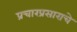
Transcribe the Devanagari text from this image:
प्रचारप्रसाराचे